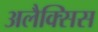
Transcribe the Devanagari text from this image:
अलैक्सिस